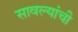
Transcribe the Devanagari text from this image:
सावल्यांची